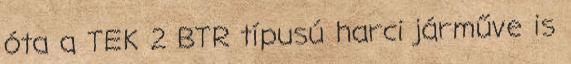
óta a TEK 2 BTR típusú harci járműve is